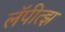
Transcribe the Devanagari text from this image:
लॅपीत्झ